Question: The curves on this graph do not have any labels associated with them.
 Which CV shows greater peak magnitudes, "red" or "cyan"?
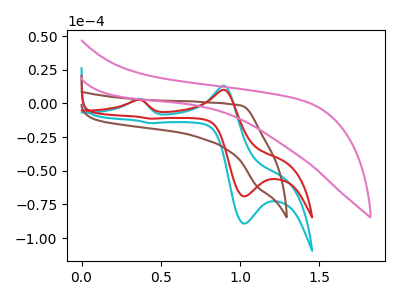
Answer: <think>The cyan curve "cyan" has anodic peaks at (0.35V, 3.40uA) (0.90V, 13.15uA) and cathodic peaks at (1.05V, -89.25uA) (0.45V, -14.60uA). The brown curve "brown" has no peaks. The red curve "red" has anodic peaks at (0.35V, 2.60uA) (0.90V, 10.15uA) and cathodic peaks at (1.05V, -69.00uA) (0.45V, -11.30uA). The pink curve "pink" has no peaks.</think>
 <answer>Every peak in "red" is lower than every peak in "cyan".</answer>
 <eval>lower</eval>